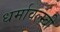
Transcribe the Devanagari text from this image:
धर्मावल्म्बी